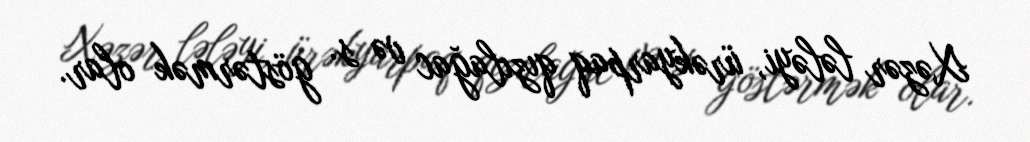
Xəzər lələyi, ürəkyarpaq qızılağac və s. göstərmək olar.